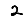
Digit: 2